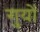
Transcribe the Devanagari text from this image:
गुयों